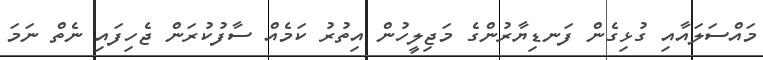
މައްސަލައާއި ގުޅިގެން ފަނޑިޔާރުންގެ މަޖިލީހުން އިތުރު ކަމެއް ސާފުކުރަން ޖެހިފައި ނެތް ނަމަ